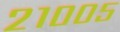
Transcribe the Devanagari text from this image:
२१००५